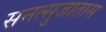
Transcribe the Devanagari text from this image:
सनत्सुजातास